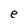
Character: e